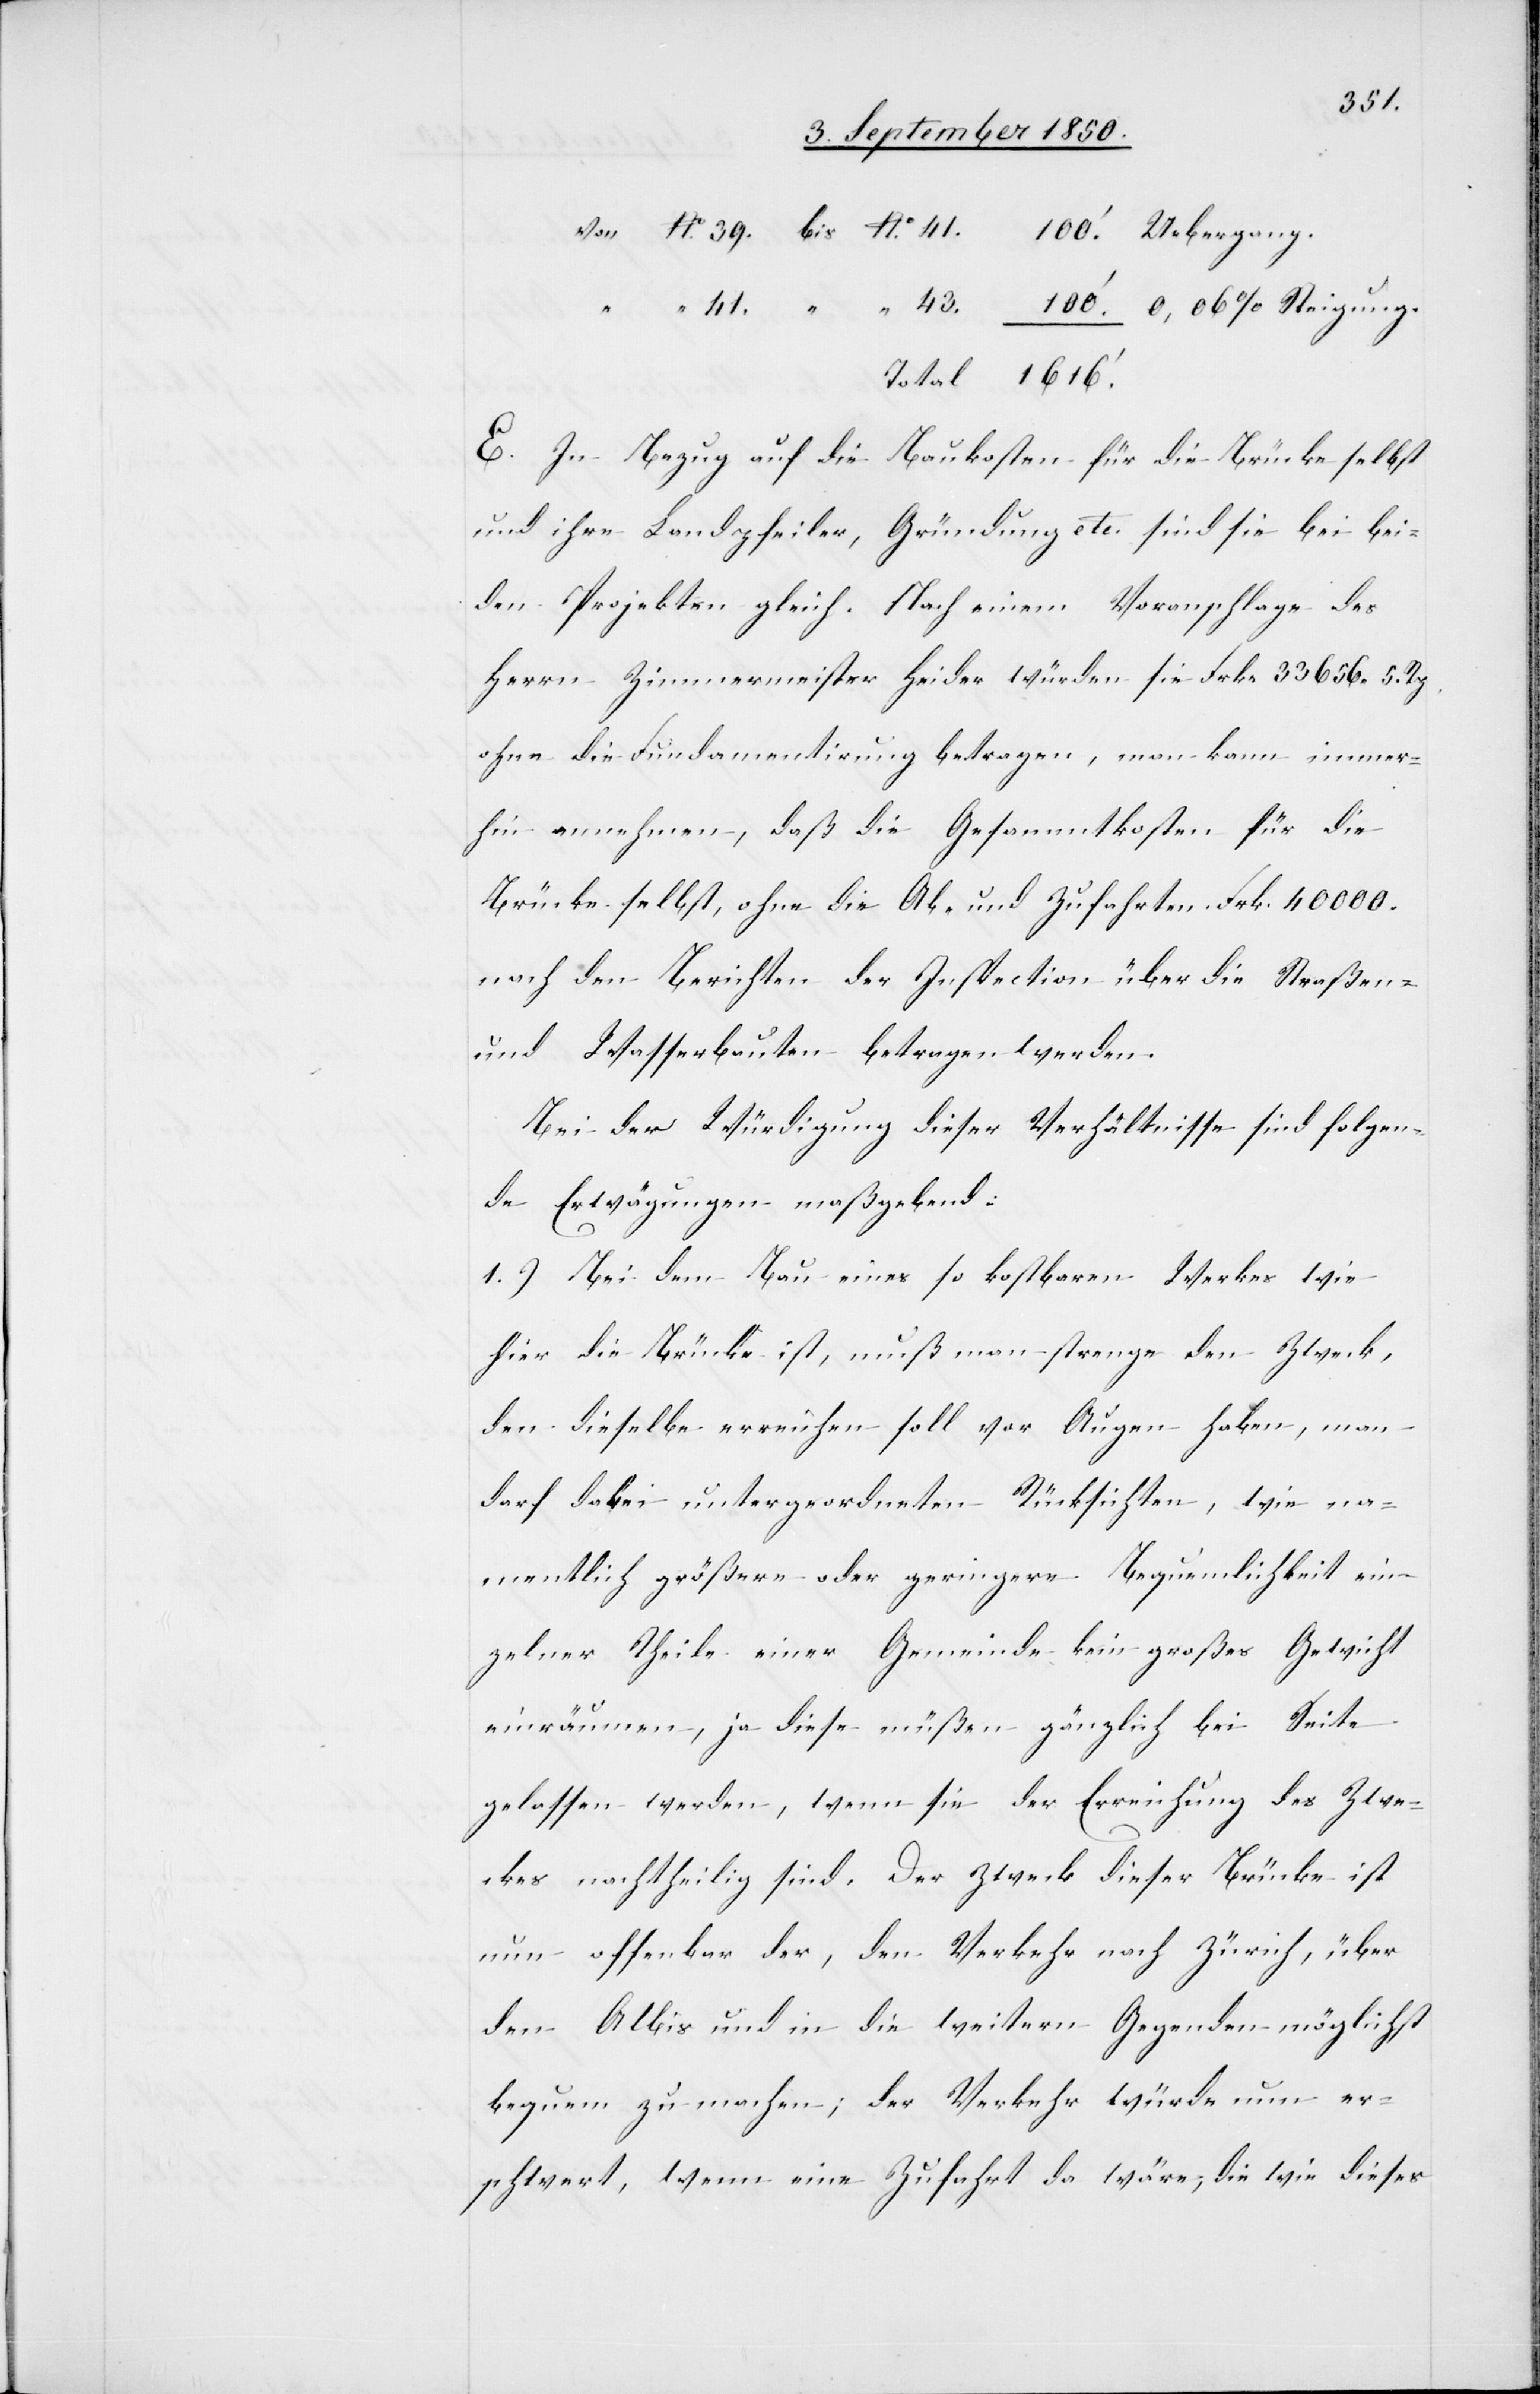
43.
E. In Bezug auf die Baukosten für die Brücke selbst
und ihre Landpfeiler, Gründung etc. sind sie bei bei¬
den Projekten gleich. Nach einem Voranschlage des
Herrn Zimmermeister Heider würden sie Frkn. 33 656. 5.
ohne die Fundamentirung betragen, man kann immer¬
hin annehmen, daß die Gesammtkosten für die
Brücke selbst, ohne die Ab- und Zufahrten Frk. 40 000.
nach den Berichten der Inspection über die Straßen-
und Wasserbauten betragen werden.
Bei der Würdigung dieser Verhältnisse sind folgen¬
de Erwägungen maßgebend:
1.) Bei dem Bau eines so kostbaren Werkes wie
hier die Brücke ist, muß man strenge den Zweck,
den dieselbe erreichen soll vor Augen haben, man
darf dabei untergeordneten Rücksichten, wie na¬
mentlich größere oder geringere Bequemlichkeit ein¬
zelner Theile einer Gemeinde kein großes Gewicht
einräumen, ja diese müßen gänzlich bei Seite
gelassen werden, wenn sie der Erreichung des Zwe¬
ckes nachtheilig sind. Der Zweck dieser Brücke ist
nun offenbar der, den Verkehr nach Zürich, über
den Albis und in die weitern Gegenden möglichst
bequem zu machen; der Verkehr würde nun er¬
schwert, wenn eine Zufahrt da wäre; die wie dieses